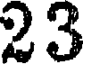
23